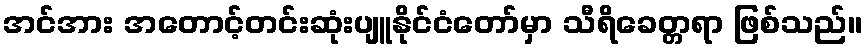
အင်အား အတောင့်တင်းဆုံးပျူနိုင်ငံတော်မှာ သီရိခေတ္တရာ ဖြစ်သည်။